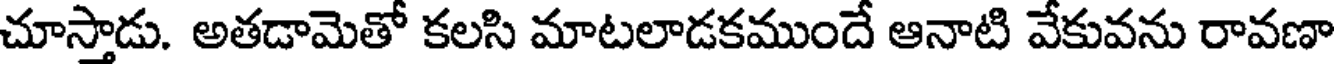
చూస్తాడు. అతడామెతో కలసి మాటలాడకముందే ఆనాటి వేకువను రావణా